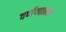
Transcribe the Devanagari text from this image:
वर्णणात्मक